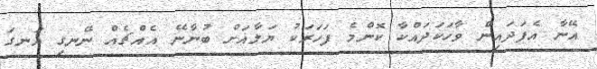
އޭނާ އެފަދައިން ވާހަކަދައްކާ ކޮންމެ ފަހަރަކު ޔަލާއަށް ބުނާނޭ އެއްޗެއް ނޭނގި އަނގަ